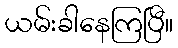
ယမ်းခါနေကြပြီ။